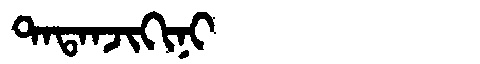
Manchu: ᡨᠠᡨᠠᠨᠵᡳᡴᡳᠨᡳ
Romanization: TATANJIKINI